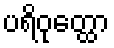
ပရိဝုတ္ထော